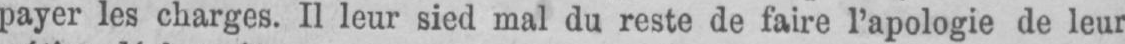
payer les charges. II leur sied mal du reste de faire l’apologie de leur